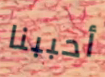
أحببنا